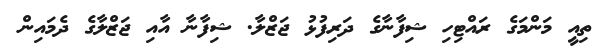
ތިއީ މަންމަގެ ރައްޓިހި ޝިފާނާގެ ދަރިފުޅު ޖަޒްލާ. ޝިފާނާ އާއި ޖަޒްލާގެ ދެމައިން